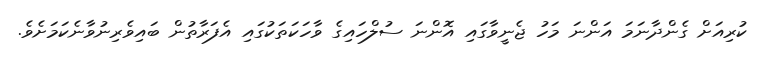
ކުރިއަށް ގެންދާނަމަ އަންނަ މަހު ޖެނީވާގައި އޮންނަ ސުލްހައިގެ ވާހަކަތަކުގައި އެފަރާތުން ބައިވެރިނުވާނެކަމަށެވެ.